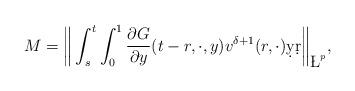
LaTeX: \begin{align*}M=\bigg\|\int_{s}^{t}\int_{0}^{1}\frac{\partial G}{\partial y}(t-r,\cdot,y)v^{\delta+1}(r,\cdot)\d y\d r\bigg\|_{\L^p},\end{align*}